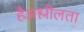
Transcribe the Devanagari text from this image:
हैअश्लीलता